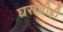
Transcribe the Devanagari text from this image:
घराचीही